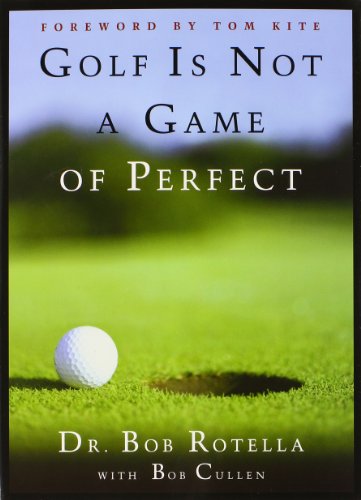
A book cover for Golf is Not a Game of Perfect; Dr. Bob Rotella; Sports & Outdoors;